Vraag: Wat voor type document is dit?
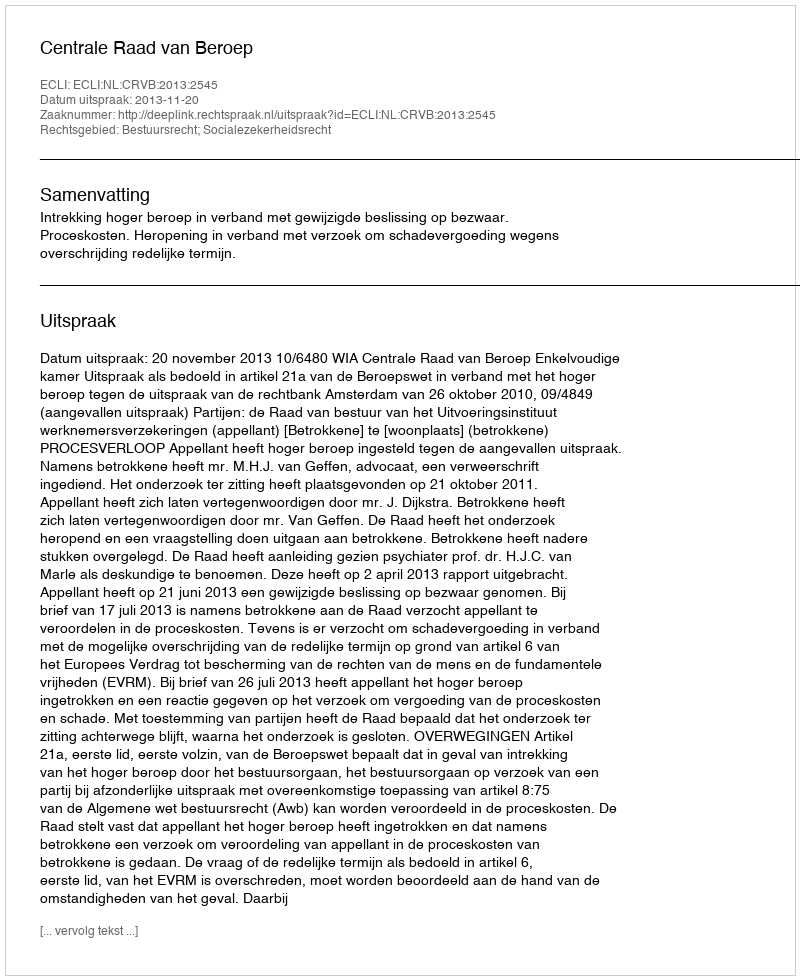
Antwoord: Uitspraak